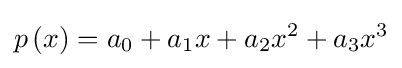
p\left(x\right)=a_{0}+a_{1}x+a_{2}x^{2}+a_{3}x^{3}